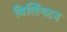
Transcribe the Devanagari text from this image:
विर्लिगटन